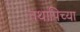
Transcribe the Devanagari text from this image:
तथापिच्या